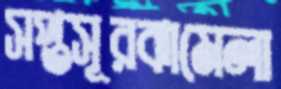
সপ্তসূরঝামেলা